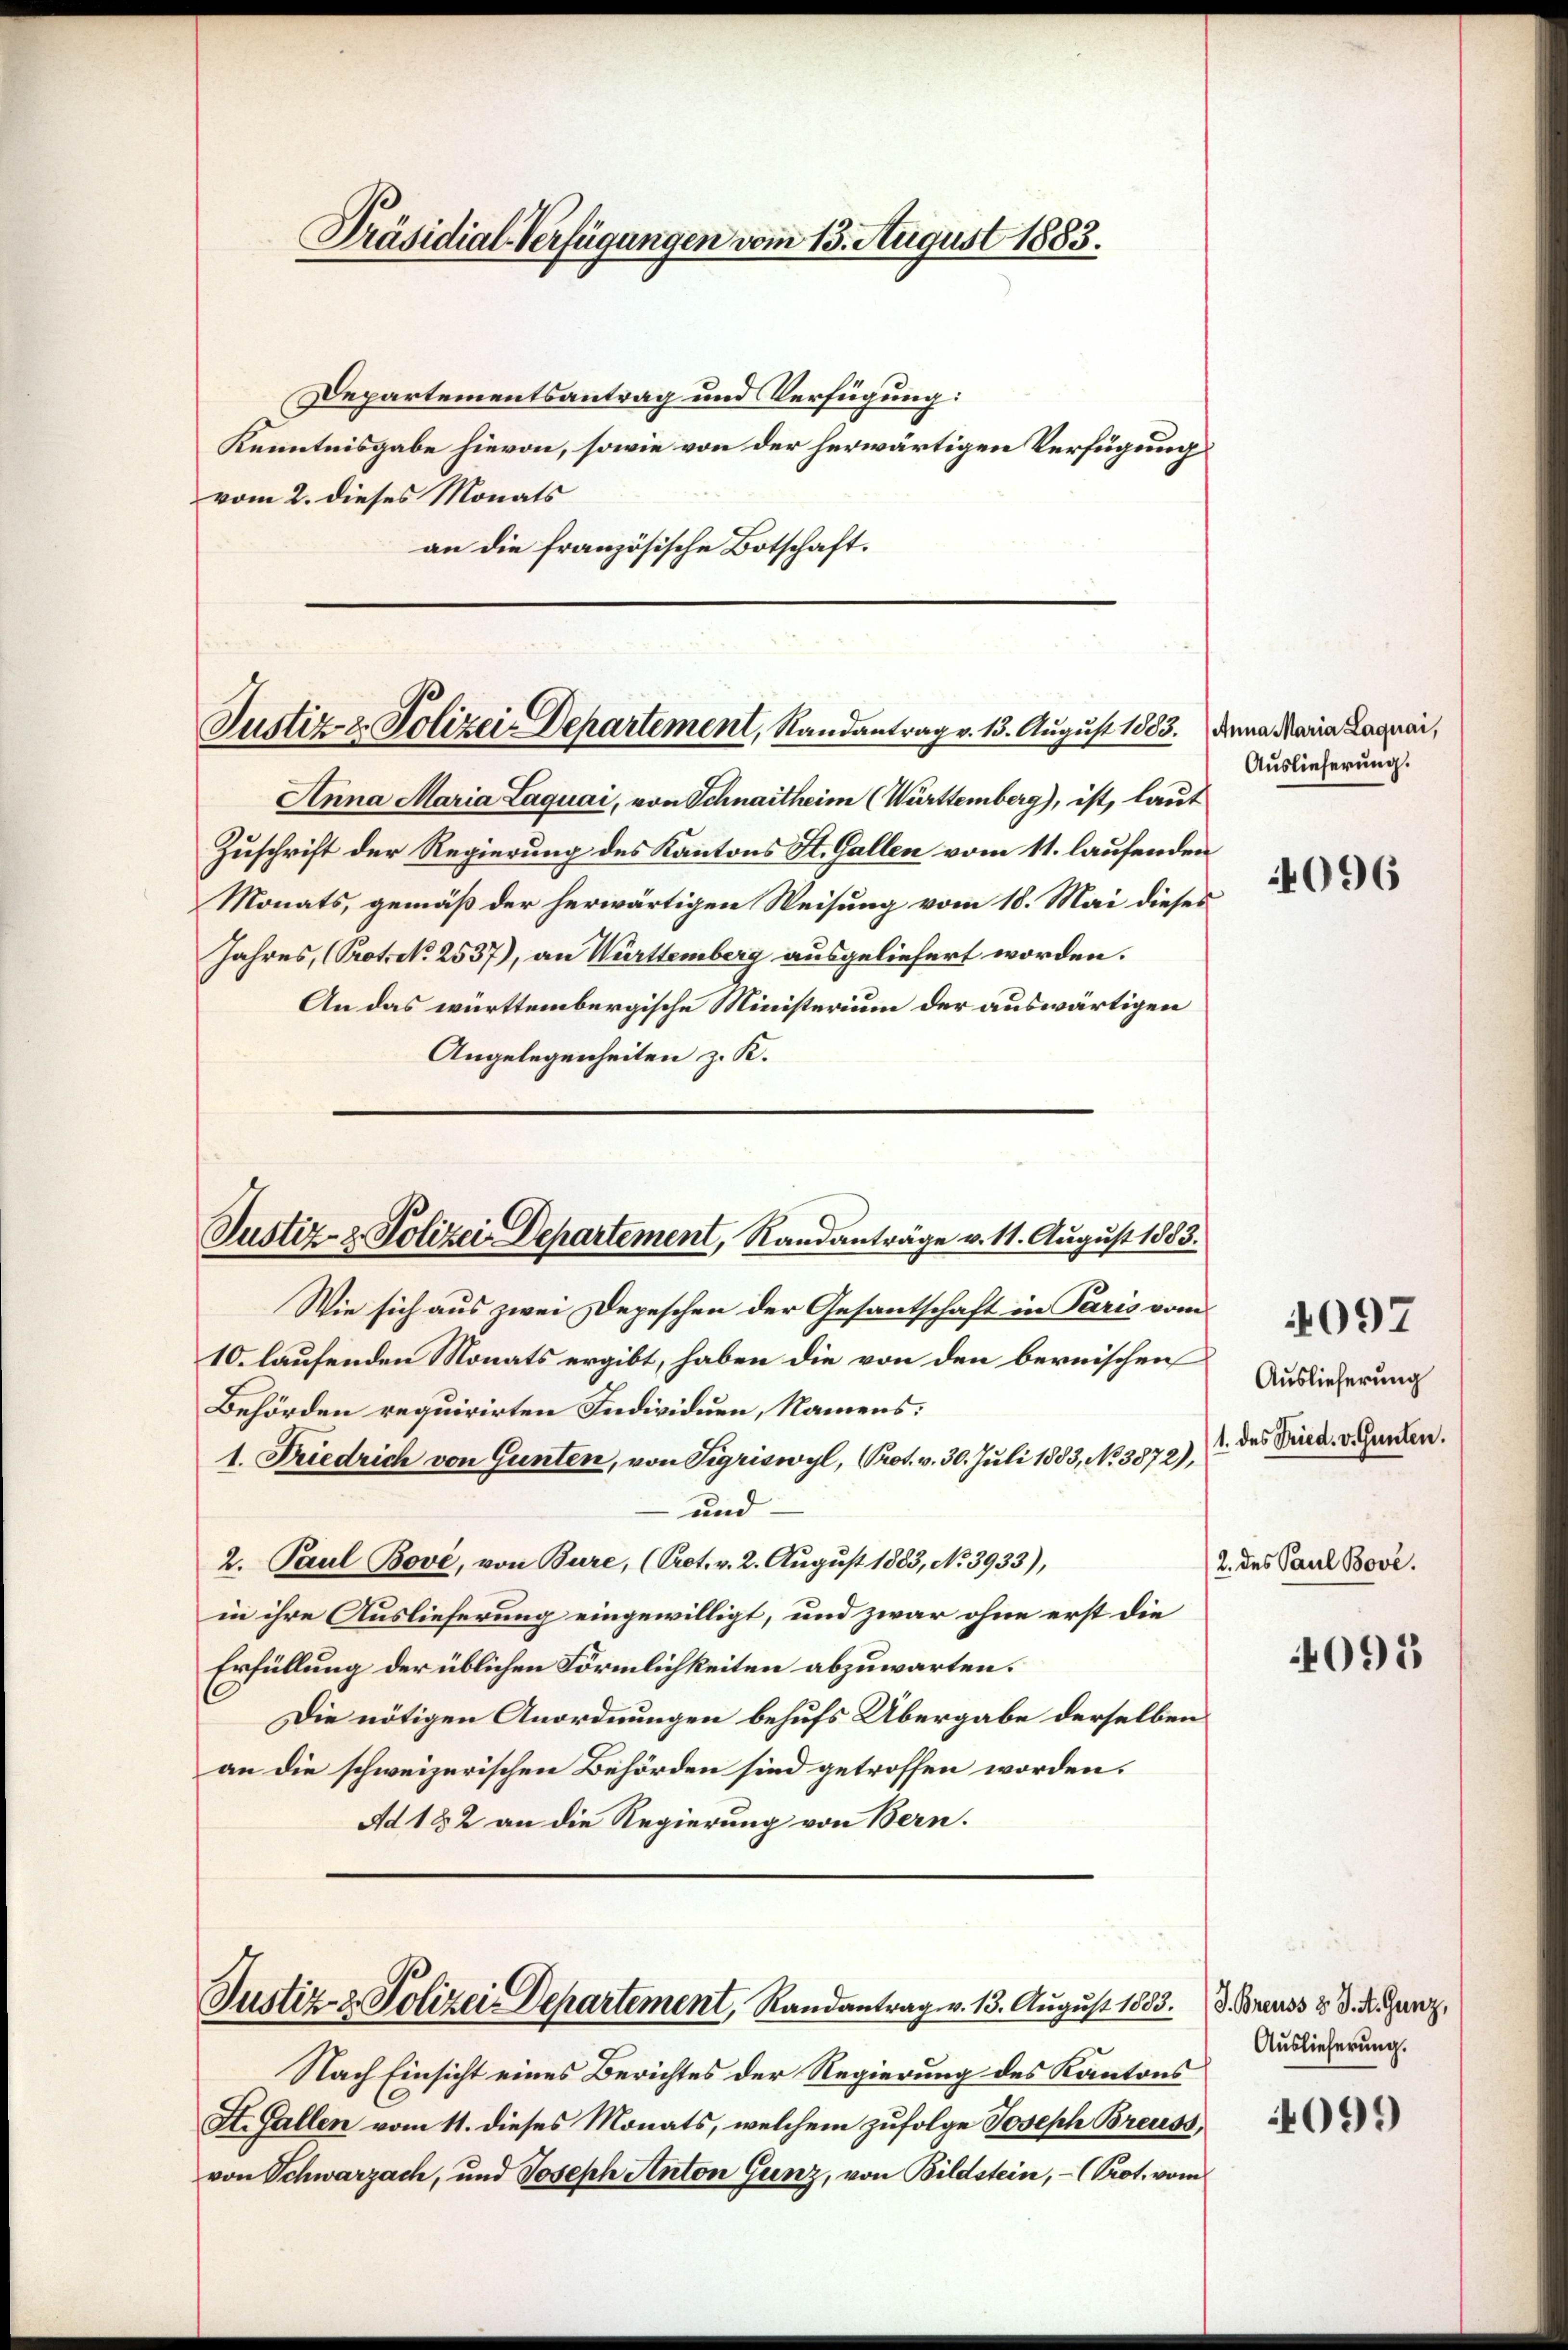
Präsidial-Verfügungen vom 13. August 1883.

Departementsantrag und Verfügung:
Kenntnisgabe hievon, sowie von der herwärtigen Verfügung
vom 2. dieses Monats
an die französische Botschaft.

Justiz- & Polizei-Departement, Randantrag v. 13. August 1883. Denn Meine Lagnai,

Justiz- & Polizei Departement, Randanträge v. 11. August 1883.

Justiz- & Polizei-Departement, Randantrag v. 13. August 1833. d. Brauss v. d. d. Ganz,

Anna Maria Laquai, von Schnaitheim (Württemberg), ist, laut
Zuschrift der Regierung des Kantons St. Gallen vom 11. laufenden
Monats, gemäß der herwärtigen Weisung vom 18. Mai dieses
Jahres, (Prot. No 2537), an Württemberg ausgeliefert worden.
An das württembergische Ministerium der auswärtigen
Angelegenheiten z. K.
Wie sich aus zwei Depeschen der Gesantschaft in Paris vom
10. laufenden Monats ergibt, haben die von den bernischen
Behörden requirirten Individuen, Namens:
1. Friedrich von Gunten, von Sigriswyl, Prot. v. 30. Juli 1883, No 3872),
und
2. Paul Bové, von Bure, (Crot. v. 2. August 1883, No 3933),
in ihre Auslieferung eingewilligt, und zwar ohne erst die
Erfüllung der üblichen Förmlichkeiten abzuwarten.
Die nötigen Anordnungen behufs Übergabe derselben
an die schweizerischen Behörden sind getroffen worden.
Ad 182 an die Regierung von Bern.

Auslieferung.
4096

Nach Einsicht eines Berichtes der Regierung des Kantons
St. Gallen vom 11. dieses Monats, welchem zufolge Joseph Breuss,
von Schwarzach, und Joseph Anton Gunz, von Bildstein, - (Prot. vom

Auslieferung
1. des Fried. v. Gunten.
2. des Paul Bove.

4097

4095

Auslieferung.
099